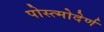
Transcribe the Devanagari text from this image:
पोस्त्मोदेर्ण